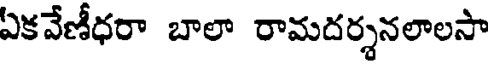
ఏకవేణీధరా బాలా రామదర్శనలాలసా